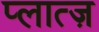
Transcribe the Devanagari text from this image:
प्लात्ज़